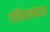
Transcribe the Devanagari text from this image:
सच्चिदानंन्दन